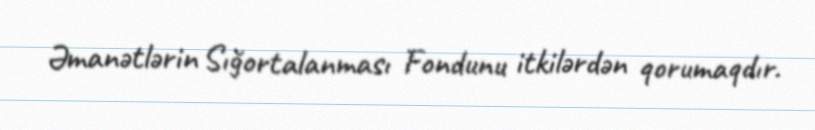
Əmanətlərin Sığortalanması Fondunu itkilərdən qorumaqdır.